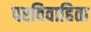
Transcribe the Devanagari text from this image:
परविवाहिता